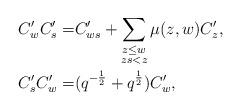
LaTeX: \begin{align*} C'_wC'_s=&C'_{ws}+\sum_{\substack{z\leq w\\ zs<z}}\mu(z,w)C'_z,\\ C'_sC'_w=&(q^{-\frac{1}{2}}+q^{\frac{1}{2}})C'_w,\end{align*}